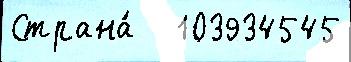
Страна́   103934545